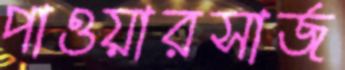
পাওয়ারসার্জ